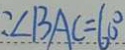
: \angle B A C = 6 0 ^ { \circ }